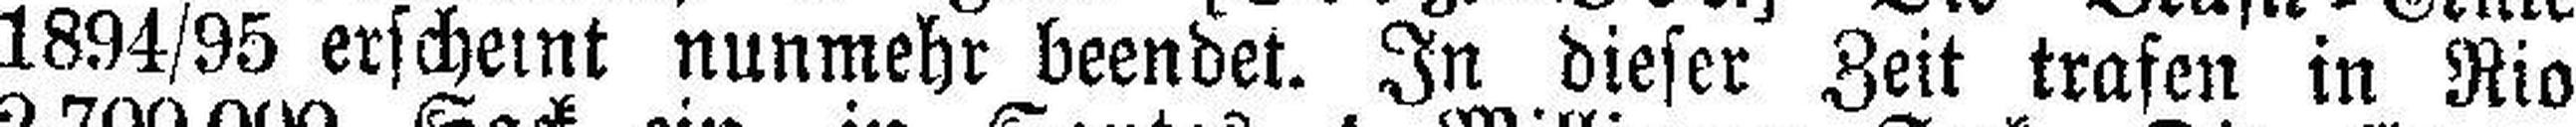
1894/95 erscheint nunmehr beendet. In dieser Zeit trafen in Rio